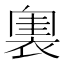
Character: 𧛲